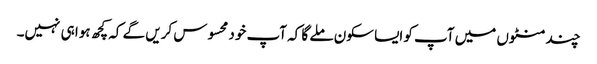
چند منٹوں میں آپ کو ایسا سکون ملے گا کہ آپ خود محسوس کریں گے کہ کچھ ہوا ہی نہیں۔